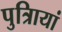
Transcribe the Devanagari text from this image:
पुत्रिायां